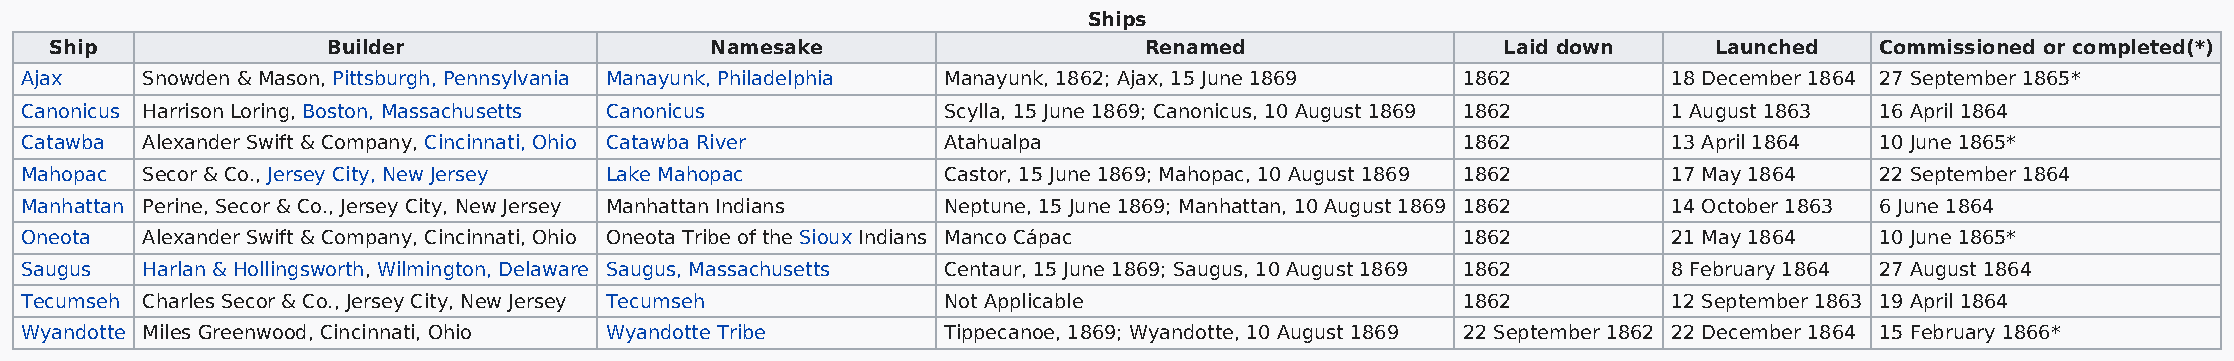
Ships
 Ship               Builder                  Namesake                     Renamed                 Laid down    Launched   Commissioned or completed(*)
 Ajax    Snowden & Mason, Pittsburgh, Pennsylvania Manayunk, Philadelphia Manayunk, 1862; Ajax, 15 June 1869 1862 18 December 1864 27 September 1865*
 Canonicus Harrison Loring, Boston, Massachusetts Canonicus   Scylla, 15 June 1869; Canonicus, 10 August 1869 1862 1 August 1863 16 April 1864
 Catawba Alexander Swift & Company, Cincinnati, Ohio Catawba River Atahualpa                     1862          13 April 1864 10 June 1865*
 Mahopac Secor & Co., Jersey City, New Jersey Lake Mahopac    Castor, 15 June 1869; Mahopac, 10 August 1869 1862 17 May 1864 22 September 1864
 Manhattan Perine, Secor & Co., Jersey City, New Jersey Manhattan Indians Neptune, 15 June 1869; Manhattan, 10 August 1869 1862 14 October 1863 6 June 1864
 Oneota  Alexander Swift & Company, Cincinnati, Ohio Oneota Tribe of the Sioux Indians Manco Cápac 1862        21 May 1864  10 June 1865*
 Saugus  Harlan & Hollingsworth, Wilmington, Delaware Saugus, Massachusetts Centaur, 15 June 1869; Saugus, 10 August 1869 1862 8 February 1864 27 August 1864
 Tecumseh Charles Secor & Co., Jersey City, New Jersey Tecumseh Not Applicable                   1862          12 September 1863 19 April 1864
 Wyandotte Miles Greenwood, Cincinnati, Ohio Wyandotte Tribe  Tippecanoe, 1869; Wyandotte, 10 August 1869 22 September 1862 22 December 1864 15 February 1866*